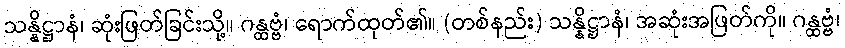
သန္နိဋ္ဌာနံ၊ ဆုံးဖြတ်ခြင်းသို့။ ဂန္ထဗ္ဗံ၊ ရောက်ထုတ်၏။ (တစ်နည်း) သန္နိဋ္ဌာနံ၊ အဆုံးအဖြတ်ကို။ ဂန္ထဗ္ဗံ၊